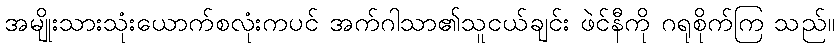
အမျိုးသားသုံးယောက်စလုံးကပင် အက်ဂါသာ၏သူငယ်ချင်း ဖဲင်နီကို ဂရုစိုက်ကြ သည်။